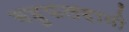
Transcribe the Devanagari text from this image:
बहुफलदायी